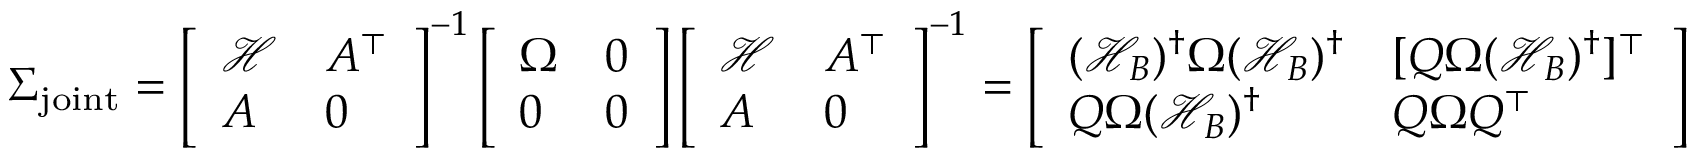
\begin{array} { r } { \Sigma _ { \mathrm { j o i n t } } = \left[ \begin{array} { l l } { { \mathcal { H } } } & { A ^ { \top } } \\ { A } & { 0 } \end{array} \right] ^ { - 1 } \left[ \begin{array} { l l } { \Omega } & { 0 } \\ { 0 } & { 0 } \end{array} \right] \left[ \begin{array} { l l } { { \mathcal { H } } } & { A ^ { \top } } \\ { A } & { 0 } \end{array} \right] ^ { - 1 } = \left[ \begin{array} { l l } { ( { \mathcal { H } } _ { B } ) ^ { \dagger } \Omega ( { \mathcal { H } } _ { B } ) ^ { \dagger } } & { [ Q \Omega ( { \mathcal { H } } _ { B } ) ^ { \dagger } ] ^ { \top } } \\ { Q \Omega ( { \mathcal { H } } _ { B } ) ^ { \dagger } } & { Q \Omega Q ^ { \top } } \end{array} \right] } \end{array}